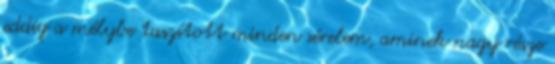
eddig a mélybe taszított minden sérelem, aminek nagy része